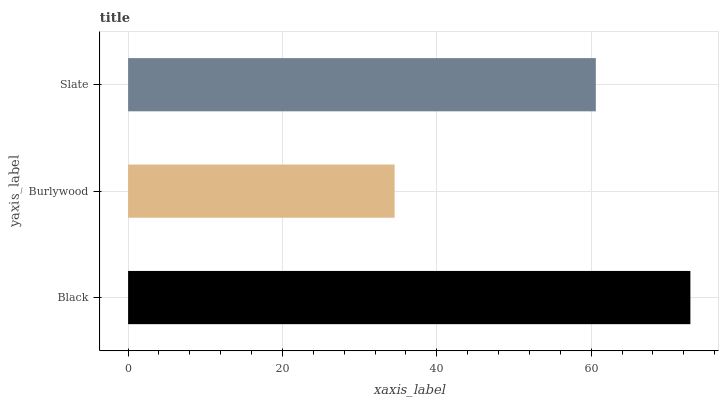
| yaxis_label | bars |
 | --- | --- |
 | Black | 72.8 |
 | Burlywood | 34.5 |
 | Slate | 60.6 |